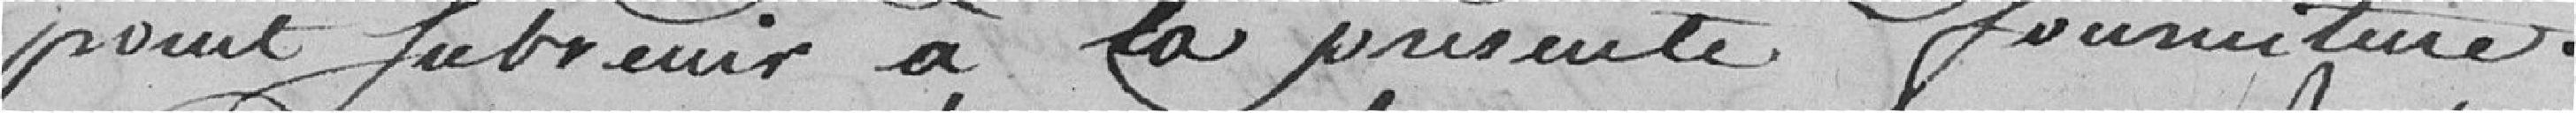
point de subvenir  à la présente fourniture